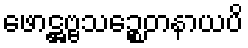
ဖောဋ္ဌဗ္ဗသဉ္စေတနာယပိ